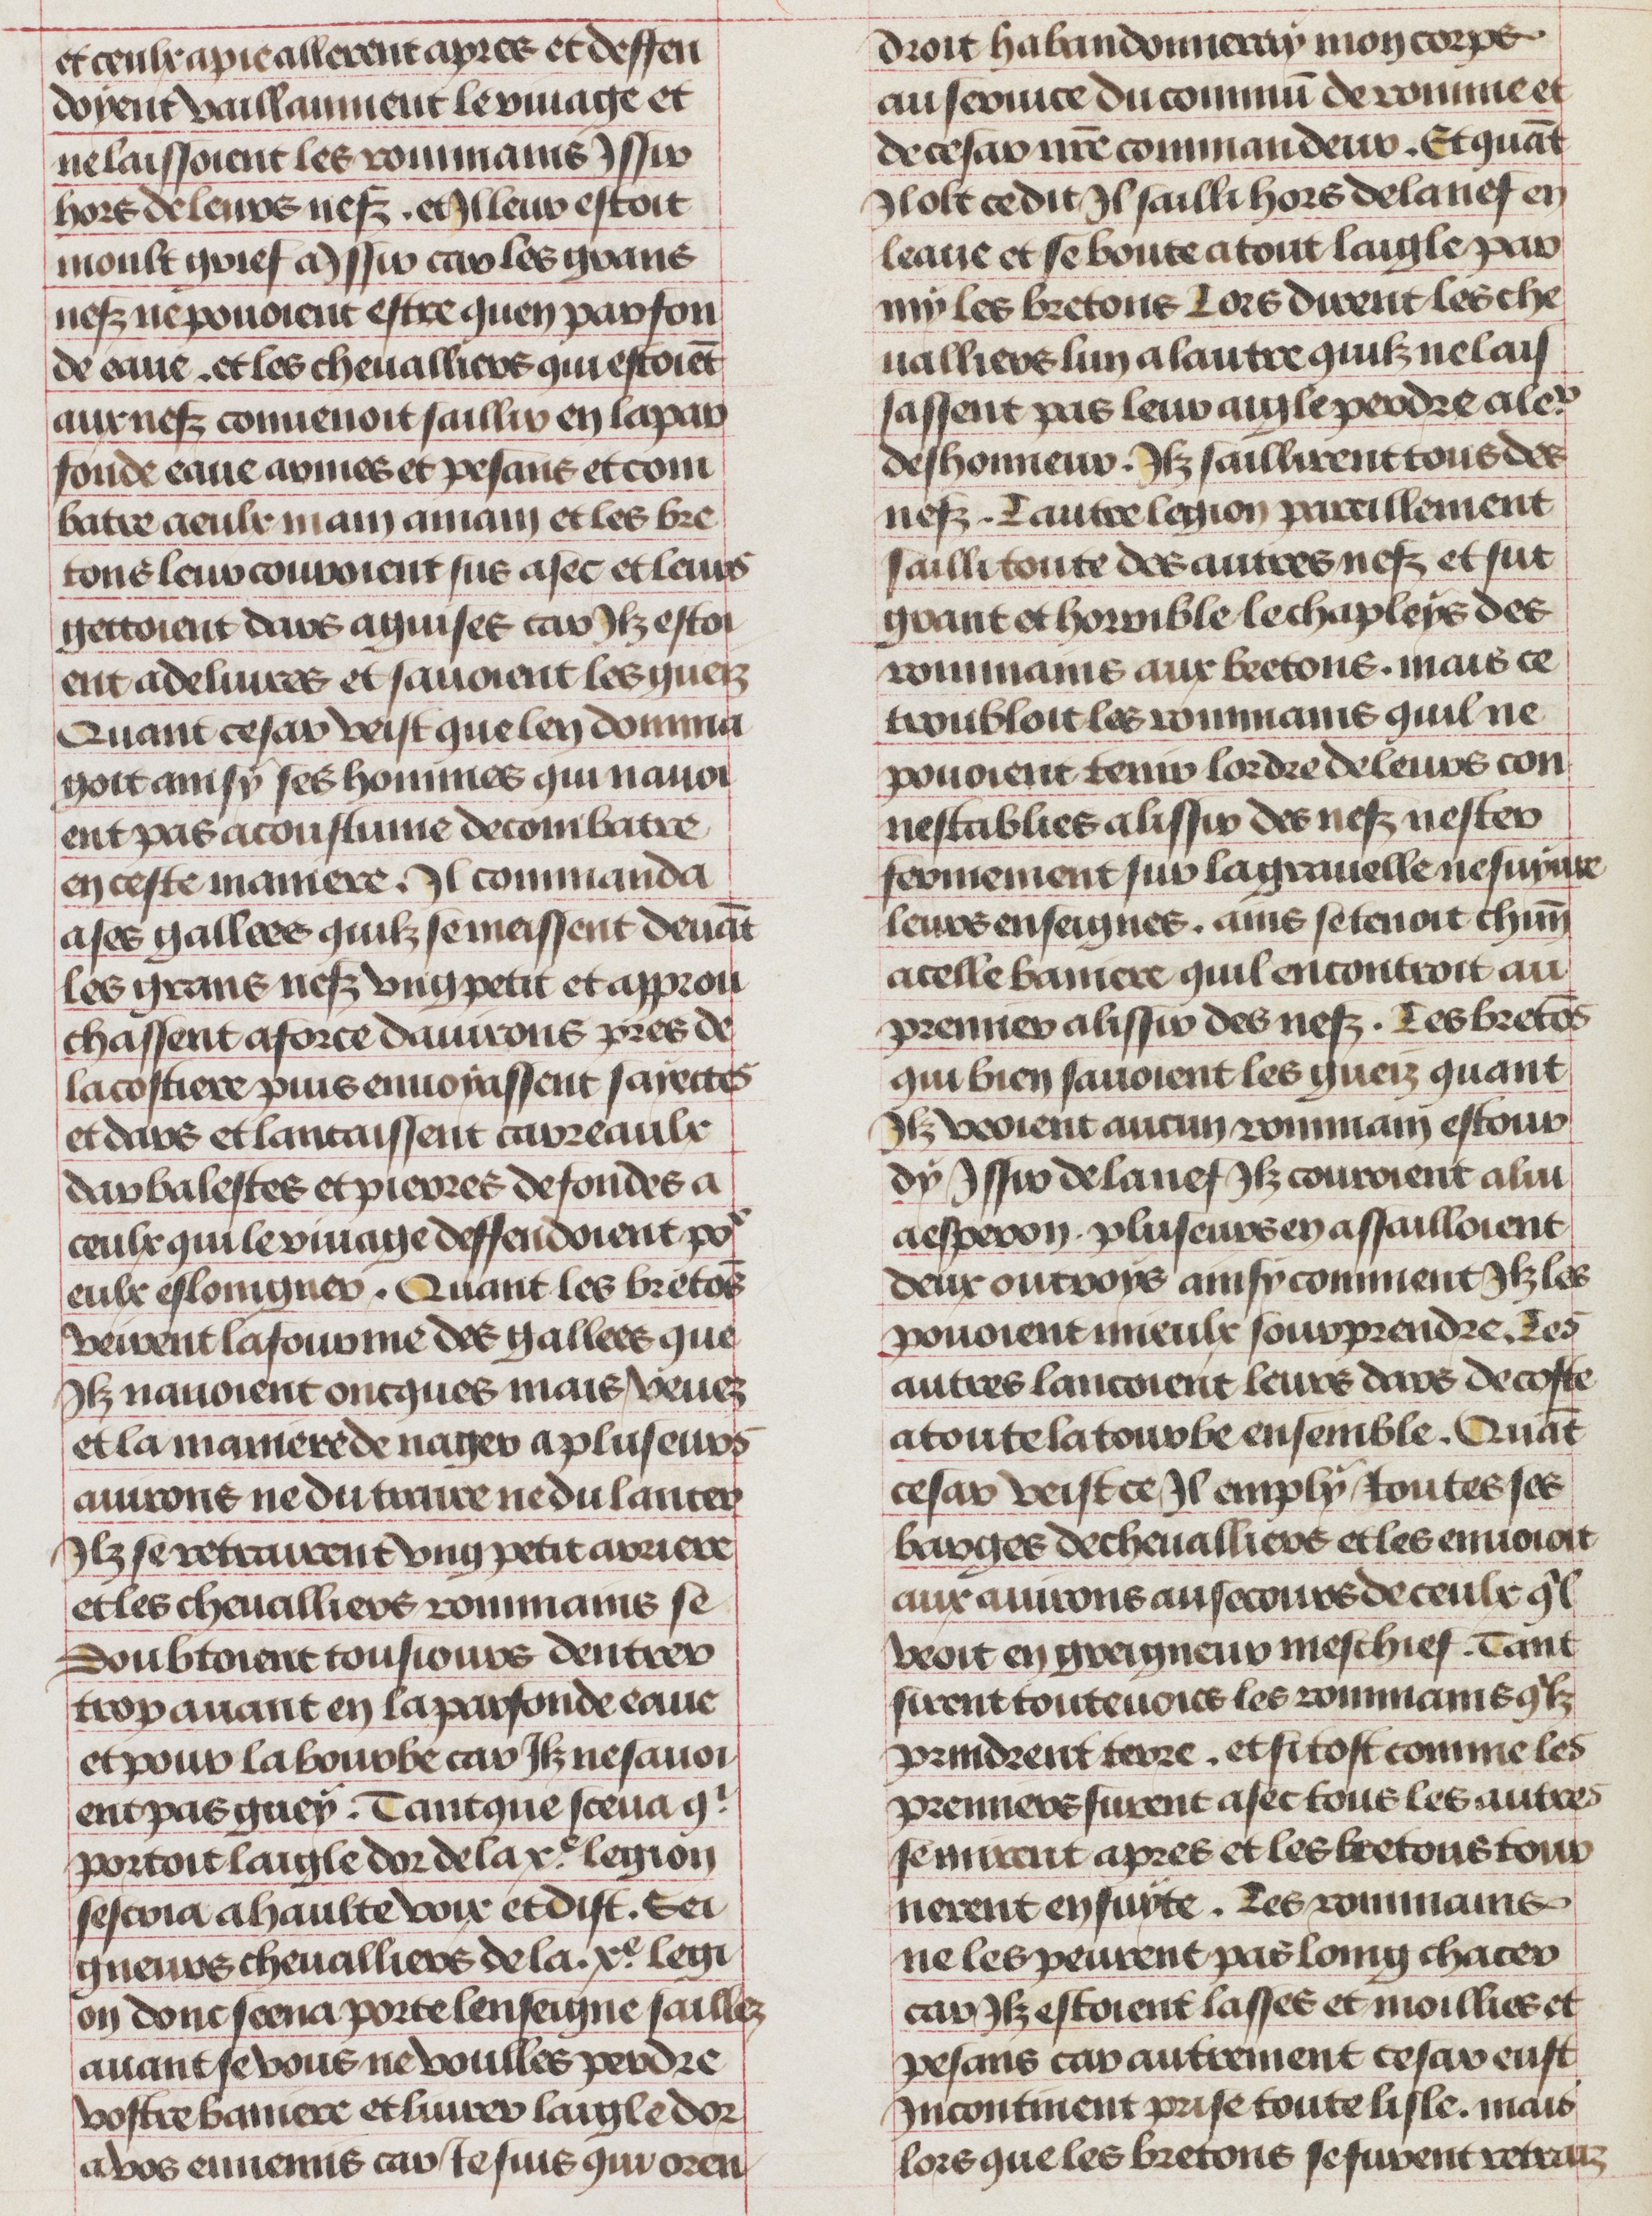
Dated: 1450–1474